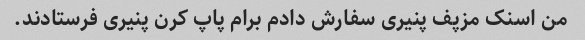
من اسنک مزپف پنیری سفارش دادم برام پاپ کرن پنیری فرستادند.